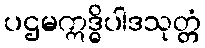
ပဌမဣဒ္ဓိပါဒသုတ္တံ